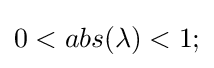
0<abs(\lambda )<1;